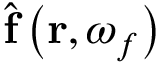
\hat { \mathbf { f } } \left( \mathbf { r } , \omega _ { f } \right)